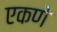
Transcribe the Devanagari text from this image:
एकणे